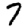
Digit: 7